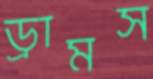
ড্রামস